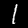
Label: 1